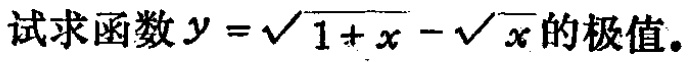
试求函数\(y = \sqrt{1 + x} - \sqrt{x}\)的极值。